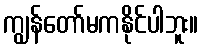
ကျွန်တော်မကနိုင်ပါဘူး။